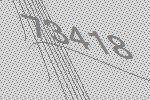
73418